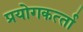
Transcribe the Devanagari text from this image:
प्रयोगकर्त्‍ता